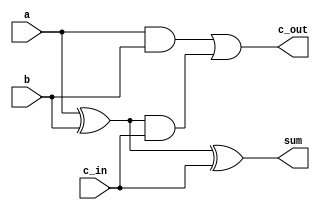
module Full_Adder(a,b,c_in,sum,c_out);

input a,b,c_in;
output sum,c_out;

wire w1,w2,w3;
xor x1(w1,a,b),x2(sum,w1,c_in);
and a1(w2,a,b),a2(w3,w1,c_in);
or o1(c_out,w2,w3);

endmodule

module Ripple_Carry_Adder(a,b,c_in,sum,c_out);

input [3:0] a,b;
input c_in;
output [3:0] sum;
output c_out;

Full_Adder FA0(a[0],b[0],c_in,sum[0],w0);
Full_Adder FA1(a[1],b[1],w0,sum[1],w1);
Full_Adder FA2(a[2],b[2],w1,sum[2],w2);
Full_Adder FA3(	.a(a[3]),
		.b(b[3]),
		.c_in(w2),
		.sum(sum[3]),
		.c_out(c_out));

endmodule

module CSA_3var_4b(a,b,c,sum);
input [3:0] a,b,c;
output [5:0] sum;
reg [3:0] s,cs;
wire [2:0] co;
wire [5:0] sum;
always@(a or b or c)
begin
{cs[0],s[0]} = a[0]+b[0]+c[0];
{cs[1],s[1]} = a[1]+b[1]+c[1];
{cs[2],s[2]} = a[2]+b[2]+c[2];
{cs[3],s[3]} = a[3]+b[3]+c[3];
/*
begin:csa_blk	//
integer i;	//
for(i=0;i<4;i=i+1)
{cs[i],s[i]}=a[i]+b[i]+c[i];
*/
end
assign sum[0] = s[0];
assign {co[0],sum[1]} = cs[0]+s[1];
assign {co[1],sum[2]} = cs[1]+s[2]+co[0];
assign {co[2],sum[3]} = cs[2]+s[3]+co[1];
assign {sum[5],sum[4]} = cs[3]+co[2];
endmodule

module mux_2to1(a,b,sel,out);
input a,b,sel;
output out;

reg out;

always@(a or b or sel)
begin 
  if(sel)
    out = a;
  else 
    out = b;
end
/*
always@(a or b or sel)
begin
  out = b;
  if(sel)
    out = a;
end
*/
/*
wire out;
assign out = sel ? a : b;
*/
endmodule

module mux_4to1(a,b,c,d,s0,s1,out);
input a,b,c,d;
input s0,s1;
output out;

reg out;

always@(a or b or c or d or s0 or s1)
begin
  case({s0,s1})
    2'b00:out = a;
    2'b01:out = b;
    2'b10:out = c;
    2'b11:out = d;
  endcase
end
endmodule

module mux_2to1_multi_bits(a,b,sel,out);
parameter width = 4;
input [width-1:0] a,b;
input sel;
output [width-1:0] out;

assign out = sel?a:b;

endmodule


module comparator(a, b, gt, it, eq);
input [3:0] a, b;
output gt, it, eq;
reg gt, it, eq;

always@(a or b)
begin 
	gt = (a>b);
	it = (a<b);
	eq = (a == b);
end

/*
assign gt = (a>b);
assign it = (a<b);
assign eq = (a == b);
*/
endmodule

module max_3var(a, b, c, out);
parameter width = 3;
input [width-1:0] a,b,c;
output [width-1:0] out;
reg [width-1:0] out;
reg [width-1:0] temp;

always@(a or b or c)
begin
if (a>b) temp = a;
else     temp = b;

if (temp>c) out = temp;
else        out = c;
end 
endmodule

module decoder_2to4(in0,in1,w,x,y,z);
input in0,in1;
output w,x,y,z;
reg w,x,y,z;
always@(in0 or in1)
begin
	case({in1,in0})
		2'b00:{w,x,y,z}=4'b0001;
		2'b01:{w,x,y,z}=4'b0010;
		2'b10:{w,x,y,z}=4'b0100;
		2'b11:{w,x,y,z}=4'b1000;
	endcase
end

/*
always@(in0 or in1)
begin
	{w,x,y,z}=4'b0000;
	case({in1,in0})
		2'b00:z=1'b1;
		2'b01:y=1'b1;
		2'b10:x=1'b1;
		2'b11:w=1'b1;
	endcase
end
*/
endmodule

module en_encoder_3to6(en,in,out);
input en;
input [2:0] in;
output [5:0] out;
reg [5:0] out;
always@(en or in)
begin
	if(!en) out=6'b0;
	else case(in)
			3'd0:out=6'b000001;
			3'd1:out=6'b000010;
			3'd2:out=6'b000100;
			3'd3:out=6'b001000;
			3'd4:out=6'b010000;
			3'd5:out=6'b100000;
			default:out=6'b0;
	endcase
end
endmodule

module encoder_4to2(in0,in1,in2,in3,v,o1,o2);
input in0,in1,in2,in3;
output v;
output o1,o2;
reg v;
reg o1,o2;

always@(in0 or in1 or in2 or in3)
begin
	case({in3,in2,in1,in0})
		4'b0001:{v,o1,o2} = 3'b100;
		/*
		4'b0001:
			begin
				v = 1'b1;
				o1 = 1'b0;
				o2 = 1'b0;
			end
		*/
		4'b0010:{v,o1,o2} = 3'b101;
		4'b0100:{v,o1,o2} = 3'b110;
		4'b1000:{v,o1,o2} = 3'b111;
		default:{v,o1,o2} = 3'b000;
	endcase
end
/*
begin
	v = 1'b1;//()
	case({in3,in2,in1,in0})
		4'b0001:{o1,o2} = 2'b00;
		4'b0010:{o1,o2} = 2'b01;
		4'b0100:{o1,o2} = 2'b10;
		4'b1000:{o1,o2} = 2'b11;
		default:{v,o1,o2} = 3'b000;
	endcase
end
*/
endmodule

module pri_encode_8ro3(in,v,out);
input [7:0] in;
output v;
output [2:0] out;
reg v;
reg [2:0] out;

always@(in)
begin
	case(in)
		8'b1xxxxxxx:{out,v} = 4'b0001;		
		8'b01xxxxxx:{out,v} = 4'b0011;
		8'b001xxxxx:{out,v} = 4'b0101;
		8'b0001xxxx:{out,v} = 4'b0111;
		8'b00001xxx:{out,v} = 4'b1001;
		8'b000001xx:{out,v} = 4'b1011;
		8'b0000001x:{out,v} = 4'b1101;
		8'b00000001:{out,v} = 4'b1111;
		default:{out,v} = 4'b0000;
	endcase
end
endmodule